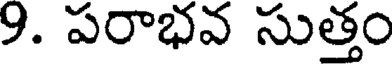
9. పరాభవ సుత్తం